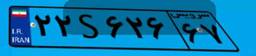
۶۲S۲۵۱۵۳